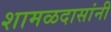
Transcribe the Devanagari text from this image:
शामळदासांनी